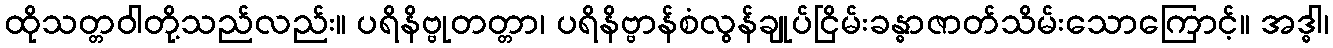
ထိုသတ္တဝါတို့သည်လည်း။ ပရိနိဗ္ဗုတတ္တာ၊ ပရိနိဗ္ဗာန်စံလွန်ချုပ်ငြိမ်းခန္ဓာဇာတ်သိမ်းသောကြောင့်။ အဒ္ဓါ၊